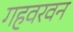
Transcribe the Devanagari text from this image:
गहवरवन